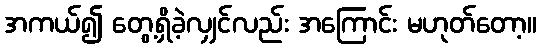
အကယ်၍ တွေ့ရှိခဲ့လျှင်လည်း အကြောင်း မဟုတ်တော့။